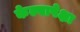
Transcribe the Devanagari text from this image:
केल्यापेक्षा